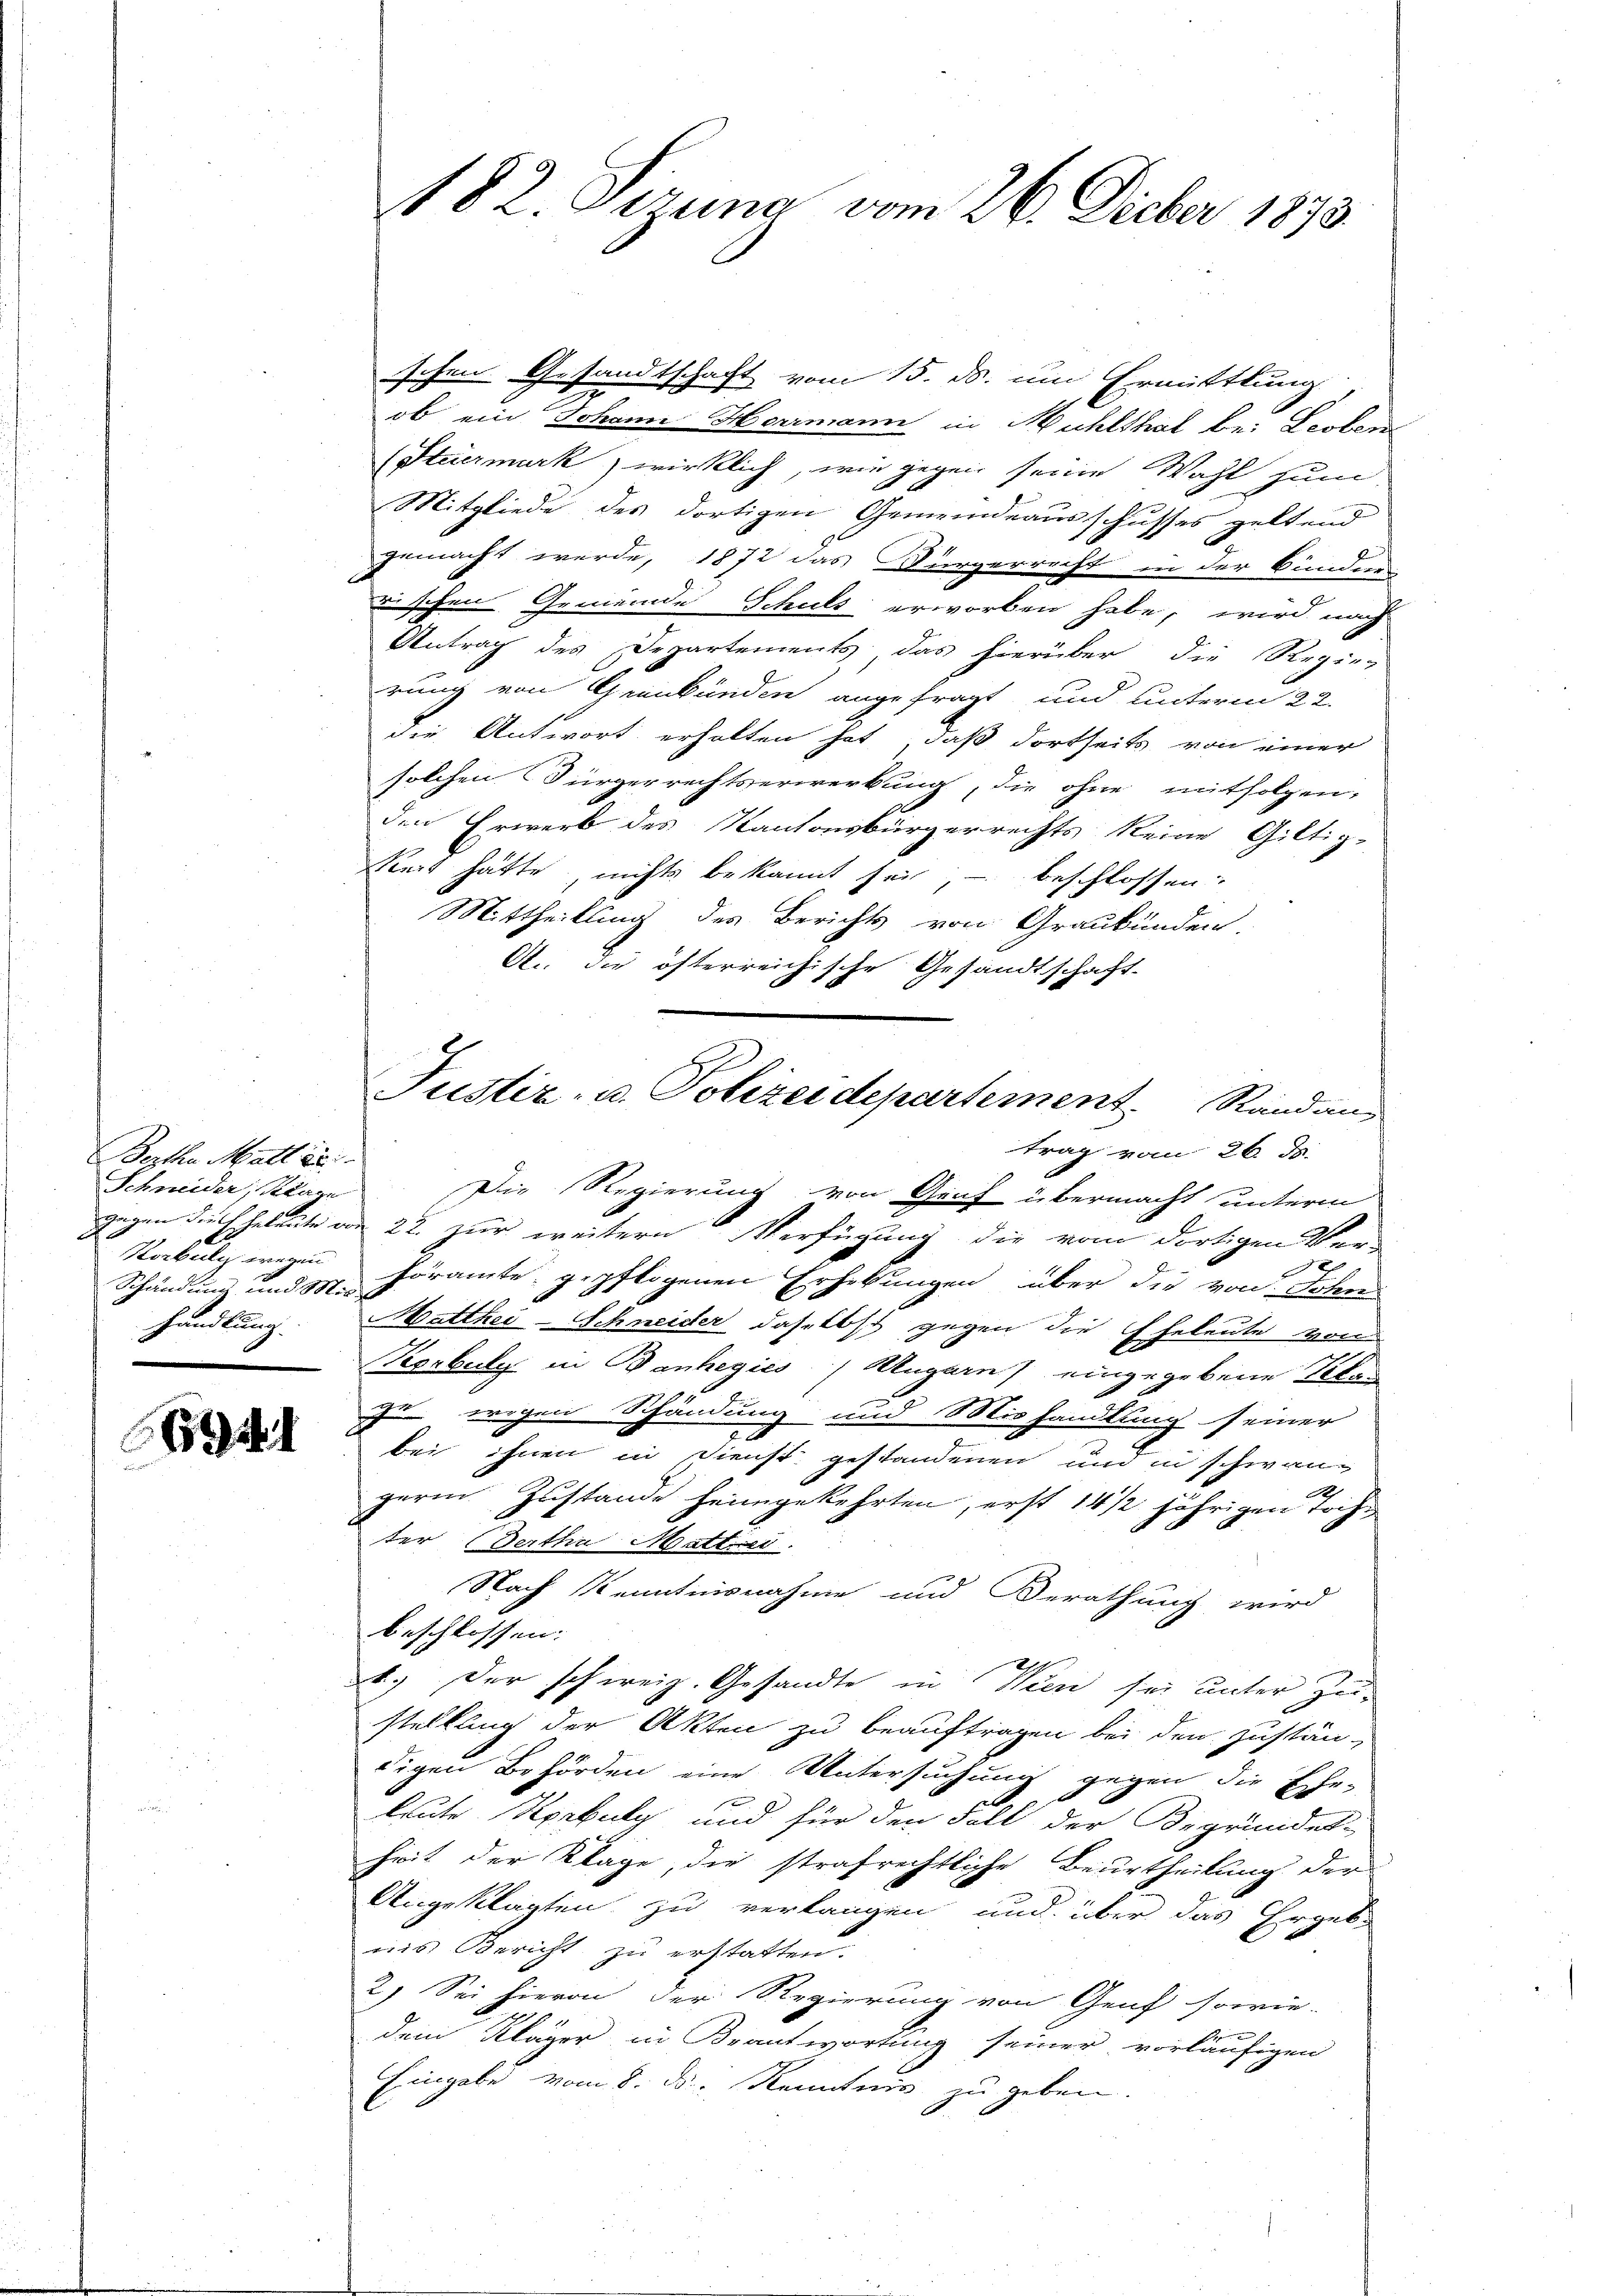
Benten Matt in
e
Horbuliz wegen
Schändung und Mithandlung.

6941

N82. Sizung vom 26. Decber 1873.

schen Gesandtschaft vom 15. ds. um Ermittlung
ob ein Johann Herrmann in Mühlshal bei Leoben
(Steiermark) wirklich, wie gegen seine Wahl zum
Mitgliede des dortigen Gemeindeausschusses geltend
gemacht werde, 1872 das Bürgerrecht in der Bunder
zischen Gemeinde Schuls erworben habe, wird nach
Antrag des Departements, das hierüber die Regier
rung von Graubünden angefragt und unterm 22.
die Antwort erholten hat, daß dortseits von einer
solchen Bürgerrechtserwerbung, die ohne mitfolgen,
den Erwerb des Kantonsbürgerrechts keine Giltig-
keit hätte, nichts bekannt sei, – beschlossen:
Mittheilung des Berichts von Graubünden.
A. die öfterreichische Gesandtschaft-
trag vom 26. d.
Schneider, Klare Die Regierung von Graf übermacht unterm
gegen durch beleute von 22. zur weitern Verfügung die vom dortigen Ver-
x
höramte gepflogenen Erhebungen über die von Sohn
Matthei-Schneider, daselbst gegen die Eheleute von
Korbuly in Banhegiés / Ungarn eingegebene Stan
 wegen Schändung und Mishandlung seiner
bei ihnen in Dienst gestandenen und in schwan¬
2
gerin Zustande heimgekehrten, erst 14 1/2 jährigen Tochter Bertha Mattier.
Nach Kenntnisnahme und Berathung wird
beschlossen:
1.) Der schweiz. Gesandte in Wien sei unter Zu-
stellung der Akten zu beauftragen bei den Zustän-
digen Behörden eine Untersuchung gegen die Ehe-
leute Korbuly und für den Fall der Begründet-
heit der Klage, die strafrechtliche Beurtheilung der
Angeklagten zu verlangen und über das Ergebe
uis Bericht zu erstatten.
2.) Sei hievon der Regierung von Genf sowie-
2
n
dem Kläger in Beantwortung seiner vorläufigen
Eingabe vom 8. ds. Kenntnis zu geben.

2
Justiz- u. Polizeidepartement. Standan¬